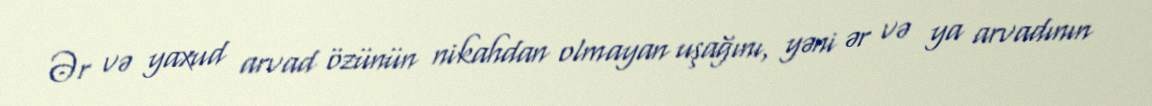
Ər və yaxud arvad özünün nikahdan olmayan uşağını, yəni ər və ya arvadının